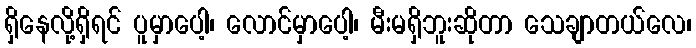
ရှိနေလို့ရှိရင် ပူမှာပေါ့၊ လောင်မှာပေါ့၊ မီးမရှိဘူးဆိုတာ သေချာတယ်လေ၊